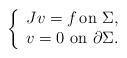
LaTeX: \begin{align*}\left\{\begin{array}{lcl}Jv=f\,\mbox{on }\Sigma,\\v=0\mbox{ on }\partial \Sigma.\end{array}\right.\end{align*}